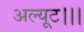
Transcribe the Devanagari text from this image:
अल्यूट।।।